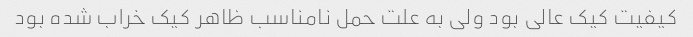
کیفیت کیک عالی بود ولی به علت حمل نامناسب ظاهر کیک خراب شده بود